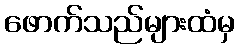
ဖောက်သည်များထံမှ